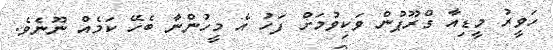
ހަވީރު މީޑިއާ ގްރޫޕުން ވަކިވުމަށް ފަހު އެ މީހުންނާ ބެހޭ ކަމެއް ނޫނެވެ.